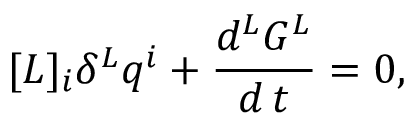
[ L ] _ { i } \delta ^ { L } q ^ { i } + \frac { d ^ { L } G ^ { L } } { d \, t } = 0 ,